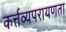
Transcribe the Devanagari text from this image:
कर्त्तव्यपरायणता